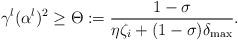
LaTeX: \begin{align*}\gamma^l (\alpha^l)^2 \ge\Theta := \frac{1-\sigma}{\eta \zeta_i + (1-\sigma) \delta_{\max}}.\end{align*}